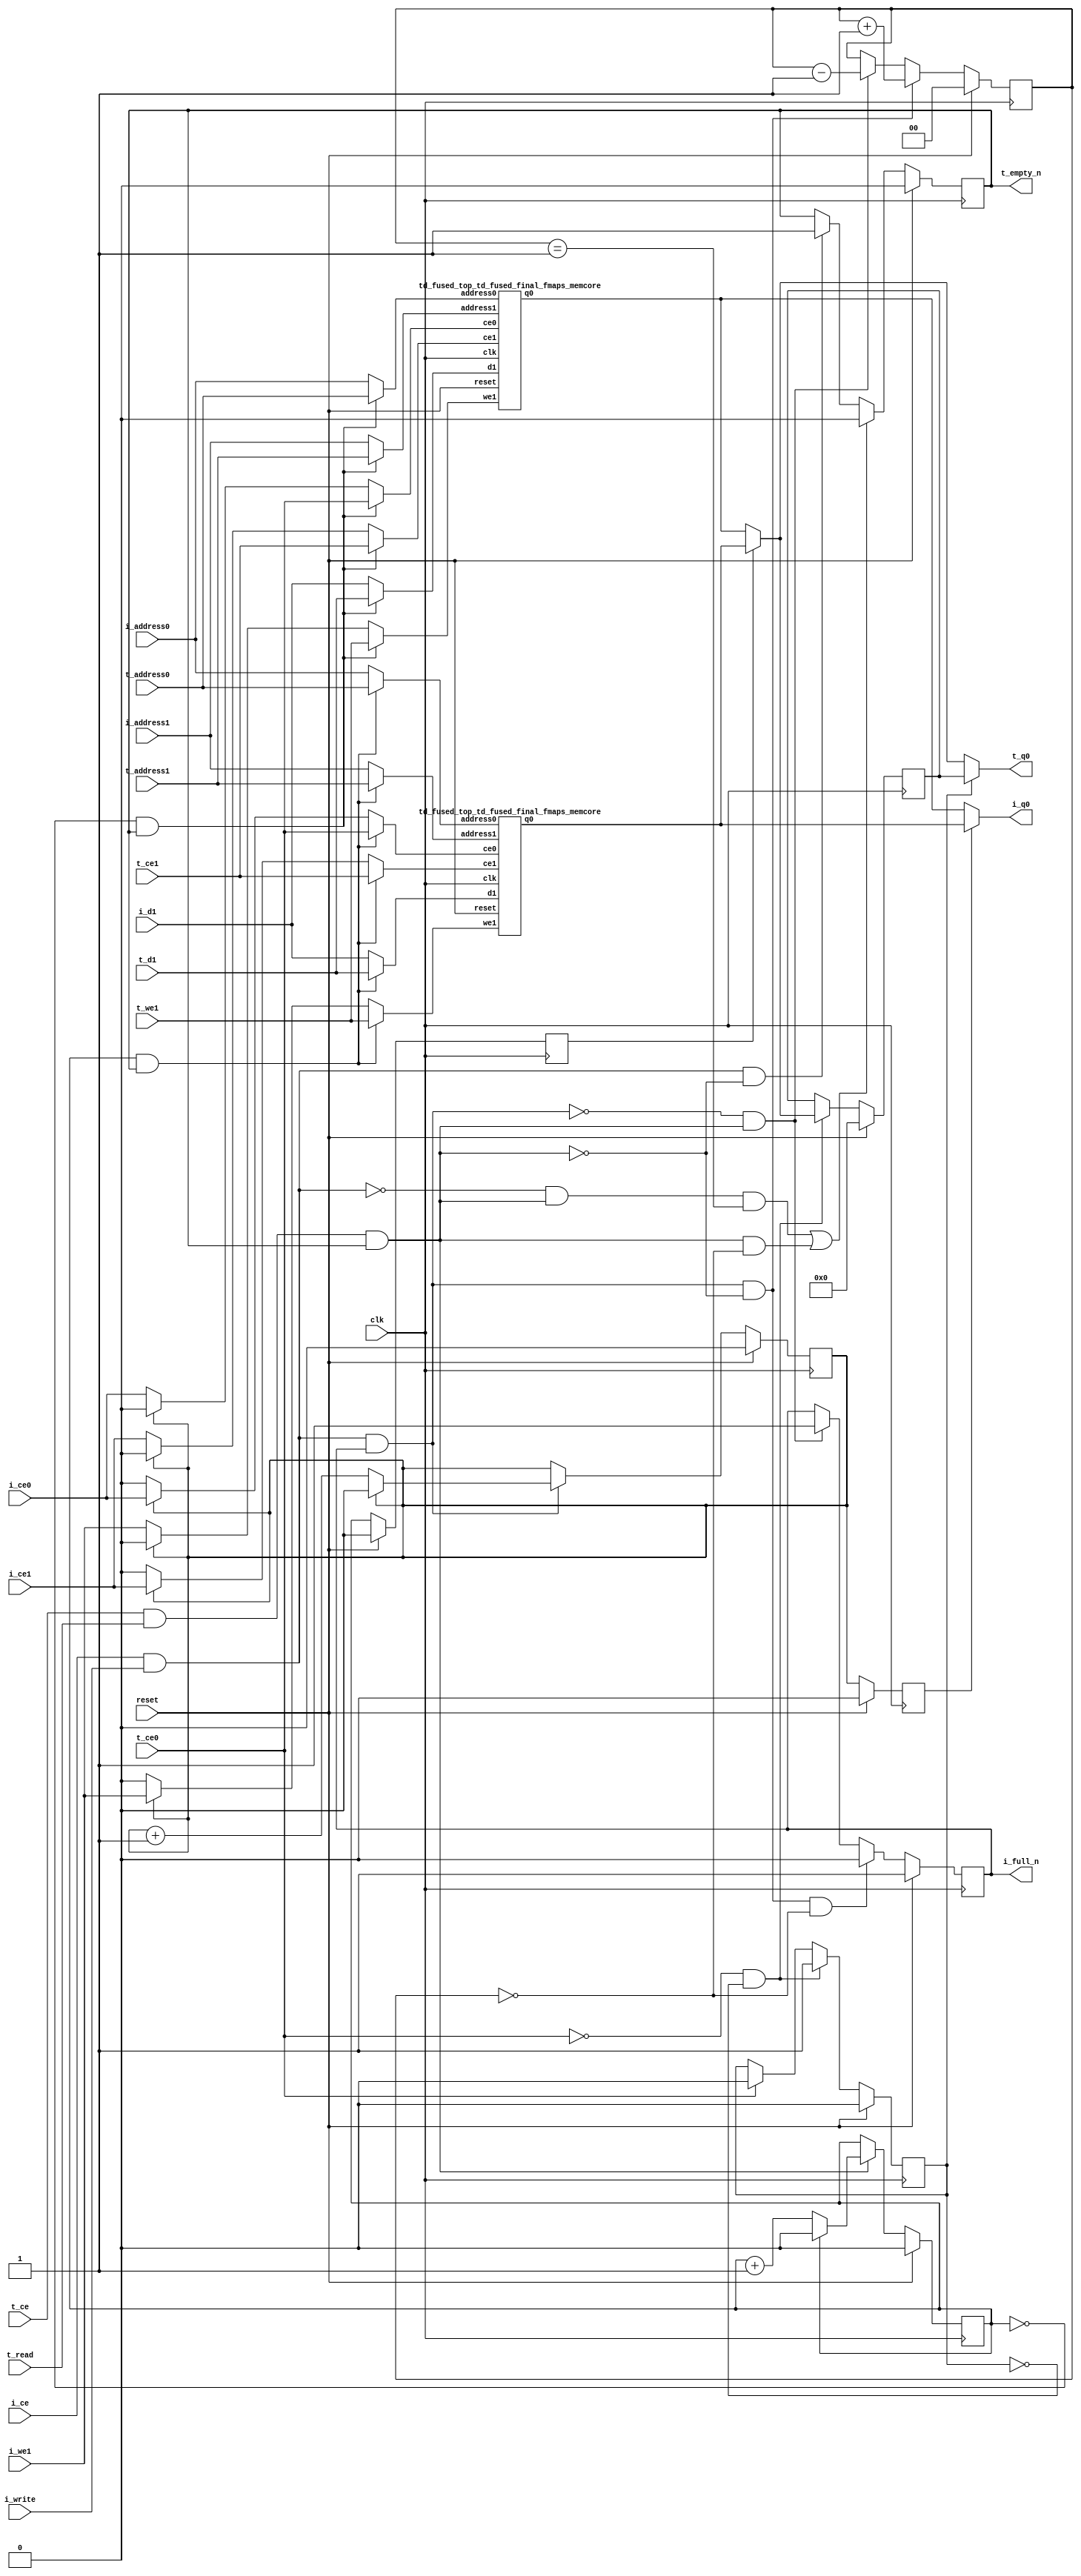
`define EXPONENT 5
`define MANTISSA 10
`define ACTUAL_MANTISSA 11
`define EXPONENT_LSB 10
`define EXPONENT_MSB 14
`define MANTISSA_LSB 0
`define MANTISSA_MSB 9
`define MANTISSA_MUL_SPLIT_LSB 3
`define MANTISSA_MUL_SPLIT_MSB 9
`define SIGN 1
`define SIGN_LOC 15
`define DWIDTH (`SIGN+`EXPONENT+`MANTISSA)
`define IEEE_COMPLIANCE 1

module td_fused_top_td_fused_final_fmaps
#(parameter
    DataWidth    = 64,
    AddressRange = 32,
    AddressWidth = 16,
    BufferCount  = 2,
    MemLatency   = 3,
    IndexWidth   = 1
) (
    // system signals
    input  wire                    clk,
    input  wire                    reset,
    // initiator
    input  wire                    i_ce,
    input  wire                    i_write,
    output wire                    i_full_n,
    input  wire                    i_ce0,
    input  wire [AddressWidth-1:0] i_address0,
    output wire [DataWidth-1:0]    i_q0,
    input  wire                    i_ce1,
    input  wire                    i_we1,
    input  wire [AddressWidth-1:0] i_address1,
    input  wire [DataWidth-1:0]    i_d1,
    // target
    input  wire                    t_ce,
    input  wire                    t_read,
    output wire                    t_empty_n,
    input  wire                    t_ce0,
    input  wire [AddressWidth-1:0] t_address0,
    output wire [DataWidth-1:0]    t_q0,
    input  wire                    t_ce1,
    input  wire                    t_we1,
    input  wire [AddressWidth-1:0] t_address1,
    input  wire [DataWidth-1:0]    t_d1
);
//------------------------Local signal-------------------
// control/status
reg  [IndexWidth-1:0]   iptr    = 1'b0; // initiator index
reg  [IndexWidth-1:0]   tptr    = 1'b0; // target index
reg  [IndexWidth-1:0]   prev_iptr    = 1'b0; // previous initiator index
reg  [IndexWidth-1:0]   prev_tptr    = 1'b0; // previous target index
reg  [DataWidth-1:0]    reg_q0      = 1'b0; // buffer used if reader is stalled
reg                     reg_valid0    = 1'b0; // buffer has valid data
reg  [DataWidth-1:0]    reg_q1      = 1'b0; // buffer used if reader is stalled
reg                     reg_valid1    = 1'b0; // buffer has valid data
reg  [IndexWidth:0]     count   = 1'b0; // count of written buffers
reg                     full_n  = 1'b1; // whether all buffers are written
reg                     empty_n = 1'b0; // whether none of the buffers is written
wire                    push_buf;       // finish writing a buffer
wire                    write_buf;      // write a buffer
wire                    pop_buf;        // finish reading a buffer
// buffer signals
wire [BufferCount-1:0] buf_ce0;
wire [AddressWidth-1:0] buf_a0_0, buf_a0_1;
wire [DataWidth-1:0] buf_q0_0, buf_q0_1;
wire [BufferCount-1:0] buf_ce1;
wire [BufferCount-1:0] buf_we1;
wire [AddressWidth-1:0] buf_a1_0, buf_a1_1;
wire [DataWidth-1:0] buf_d1_0, buf_d1_1;
//------------------------Instantiation------------------
//genvar i;
        td_fused_top_td_fused_final_fmaps_memcore td_fused_top_td_fused_final_fmaps_memcore_U_0 (
            .reset    ( reset ),
            .clk      ( clk ),
            .address0 ( buf_a0_0 ),
            .ce0      ( buf_ce0[ 0 ] ),
            .q0       ( buf_q0_0 ),
            .address1 ( buf_a1_0 ),
            .ce1      ( buf_ce1[ 0 ] ),
            .we1      ( buf_we1[ 0 ] ),
            .d1       ( buf_d1_0 )
        );
        td_fused_top_td_fused_final_fmaps_memcore td_fused_top_td_fused_final_fmaps_memcore_U_1 (
            .reset    ( reset ),
            .clk      ( clk ),
            .address0 ( buf_a0_1 ),
            .ce0      ( buf_ce0[ 1 ] ),
            .q0       ( buf_q0_1 ),
            .address1 ( buf_a1_1 ),
            .ce1      ( buf_ce1[ 1 ] ),
            .we1      ( buf_we1[ 1 ] ),
            .d1       ( buf_d1_1 )
        );

//++++++++++++++++++++++++buffer signals+++++++++++++++++
        assign buf_ce0[ 0 ] = (tptr ==  0  && empty_n) ? t_ce0
                             : (iptr ==  0 ) ? i_ce0 : 1'b0;
        assign buf_a0_0  = (tptr ==  0  && empty_n) ?  t_address0 : i_address0;
        assign buf_ce1[ 0 ] = (tptr ==  0  && empty_n) ? t_ce1
                             : (iptr ==  0 ) ? i_ce1 : 1'b0;
        assign buf_a1_0  = (tptr ==  0  && empty_n) ?  t_address1 : i_address1;
        assign buf_we1[ 0 ] = (tptr ==  0  && empty_n)  ? t_we1
                             : (iptr ==  0 ) ? i_we1 : 1'b0;
        assign buf_d1_0  = (tptr ==  0  && empty_n) ? t_d1       : i_d1;
        assign buf_ce0[ 1 ] = (tptr ==  1  && empty_n) ? t_ce0
                             : (iptr ==  1 ) ? i_ce0 : 1'b0;
        assign buf_a0_1  = (tptr ==  1  && empty_n) ?  t_address0 : i_address0;
        assign buf_ce1[ 1 ] = (tptr ==  1  && empty_n) ? t_ce1
                             : (iptr ==  1 ) ? i_ce1 : 1'b0;
        assign buf_a1_1  = (tptr ==  1  && empty_n) ?  t_address1 : i_address1;
        assign buf_we1[ 1 ] = (tptr ==  1  && empty_n)  ? t_we1
                             : (iptr ==  1 ) ? i_we1 : 1'b0;
        assign buf_d1_1  = (tptr ==  1  && empty_n) ? t_d1       : i_d1;
//+++++++++++++++++++++++++++++++++++++++++++++++++++++++

//------------------------Body---------------------------
assign i_q0      = (prev_iptr == 1'b1 ? buf_q0_1 : buf_q0_0);
assign t_q0      = reg_valid0 ? reg_q0 : (prev_tptr == 1'b1 ? buf_q0_1 : buf_q0_0);

//++++++++++++++++++++++++output+++++++++++++++++++++++++
assign i_full_n  = full_n;
assign t_empty_n = empty_n;
//+++++++++++++++++++++++++++++++++++++++++++++++++++++++

//++++++++++++++++++++++++control/status+++++++++++++++++
assign push_buf = i_ce & i_write & full_n;
assign write_buf = i_ce & i_write;
assign pop_buf  = t_ce & t_read & empty_n;

// iptr
always @(posedge clk) begin
    if (reset == 1'b1)
        iptr <= 1'b0;
    else if (push_buf) begin
        if (iptr == BufferCount - 1'b1)
            iptr <= 1'b0;
        else
            iptr <= iptr + 1'b1;
    end
end

// tptr
always @(posedge clk) begin
    if (reset == 1'b1)
        tptr <= 1'b0;
    else if (pop_buf) begin
        if (tptr == BufferCount - 1'b1)
            tptr <= 1'b0;
        else
            tptr <= tptr + 1'b1;
    end
end

// prev_iptr
always @(posedge clk) begin
    if (reset == 1'b1)
        prev_iptr <= 1'b0;
    else begin
        prev_iptr <= iptr;
    end
end

// prev_tptr
always @(posedge clk) begin
    if (reset == 1'b1)
        prev_tptr <= 1'b0;
    else begin
        prev_tptr <= tptr;
    end
end

// reg_q0 and reg_valid0
always @(posedge clk) begin
    if (reset == 1'b1) begin
        reg_q0     <= 1'b0;
        reg_valid0 <= 1'b0;
    end else if (!t_ce0 && !reg_valid0) begin
        reg_q0     <= (prev_tptr == 1'b1 ? buf_q0_1 : buf_q0_0);
        reg_valid0 <= 1'b1;
    end else if (t_ce0) begin
        reg_valid0 <= 1'b0;
    end
end

// count
always @(posedge clk) begin
    if (reset == 1'b1)
        count <= 1'b0;
    else if (push_buf && !pop_buf)
        count <= count + 1'b1;
    else if (!push_buf && pop_buf)
        count <= count - 1'b1;
end

// full_n
always @(posedge clk) begin
    if (reset == 1'b1)
        full_n <= 1'b1;
    else if (push_buf && !pop_buf && count == BufferCount - 2'd2)
        full_n <= 1'b0;
    else if (!push_buf && pop_buf)
        full_n <= 1'b1;
end

// empty_n
always @(posedge clk) begin
    if (reset == 1'b1)
        empty_n <= 1'b0;
    else if ((!write_buf && pop_buf && count == 1'b1)
             || (pop_buf && count == 1'b0))
        empty_n <= 1'b0;
    else if (write_buf && !pop_buf)
        empty_n <= 1'b1;
end
//+++++++++++++++++++++++++++++++++++++++++++++++++++++++

endmodule
module td_fused_top_td_fused_final_fmaps_memcore(
    reset,
    clk,
    address0,
    ce0,
    q0,
    address1,
    ce1,
    we1,
    d1);

parameter DataWidth = 32'd64;
parameter AddressRange = 32'd49000;
parameter AddressWidth = 32'd16;
input reset;
input clk;
input[AddressWidth - 1:0] address0;
input ce0;
output[DataWidth - 1:0] q0;
input[AddressWidth - 1:0] address1;
input ce1;
input we1;
input[DataWidth - 1:0] d1;



td_fused_top_td_fused_final_fmaps_memcore_ram td_fused_top_td_fused_final_fmaps_memcore_ram_U(
    .clk( clk ),
    .addr0( address0 ),
    .ce0( ce0 ),
    .q0( q0 ),
    .addr1( address1 ),
    .ce1( ce1 ),
    .we1( we1 ),
    .d1( d1 )
);

endmodule
module td_fused_top_td_fused_final_fmaps_memcore_ram (addr0, ce0, q0, addr1, ce1, d1, we1,  clk);

parameter DWIDTH = 64;
parameter AWIDTH = 16;
parameter MEM_SIZE = 49000;

input[AWIDTH-1:0] addr0;
input ce0;
output wire[DWIDTH-1:0] q0;
input[AWIDTH-1:0] addr1;
input ce1;
input[DWIDTH-1:0] d1;
input we1;
input clk;

 reg [DWIDTH-1:0] ram[MEM_SIZE-1:0];
wire [AWIDTH-1:0] addr0_t0; 
reg [AWIDTH-1:0] addr0_t1; 
reg [DWIDTH-1:0] q0_t0;
  reg [DWIDTH-1:0] q0_t1;
wire [AWIDTH-1:0] addr1_t0; 
reg [AWIDTH-1:0] addr1_t1; 
wire [DWIDTH-1:0] d1_t0; 
wire we1_t0; 
reg [DWIDTH-1:0] d1_t1; 
reg we1_t1; 


assign addr0_t0 = addr0;
assign q0 = q0_t1;
assign addr1_t0 = addr1;
assign d1_t0 = d1;
assign we1_t0 = we1;

always @(posedge clk)  
begin
    if (ce0) 
    begin
        addr0_t1 <= addr0_t0; 
        q0_t1 <= q0_t0;
    end
    if (ce1) 
    begin
        addr1_t1 <= addr1_t0; 
        d1_t1 <= d1_t0;
        we1_t1 <= we1_t0;
    end
end


always @(posedge clk)  
begin 
    if (ce0) begin
        q0_t0 <= ram[addr0_t1];
    end
end


always @(posedge clk)  
begin 
    if (ce1) begin
        if (we1_t1) 
            ram[addr1_t1] <= d1_t1; 
    end
end


endmodule